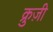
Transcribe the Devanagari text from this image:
क्रुज़ी